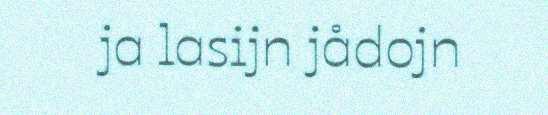
ja lasijn jådojn